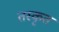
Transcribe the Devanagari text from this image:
तस्कृत